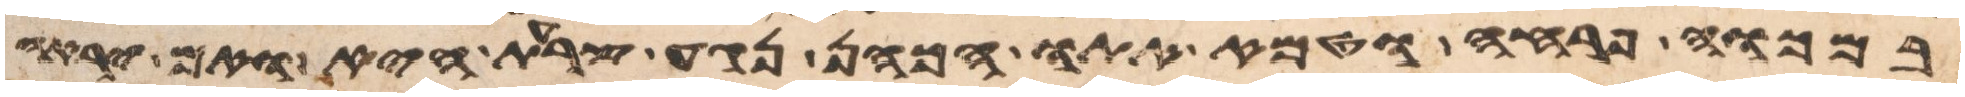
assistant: במכוה פרחה וטמא אתו הכהן נגע צרעת היא ואם יראה